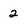
Character: 2